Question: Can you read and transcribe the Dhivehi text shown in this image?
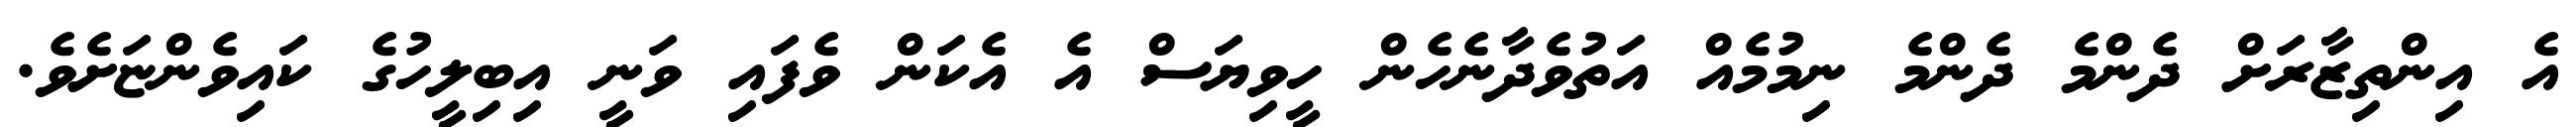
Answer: އެ އިންތިޒާރަށް ދެންމެ ދެންމެ ނިމުމެއް އަތުވެދާނެހެން ހީވިޔަސް އެ އެކަން ވެފައި ވަނީ އިބިލީހުގެ ކައިވެންޏަށެވެ.